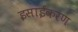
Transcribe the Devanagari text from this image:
इसाईकरण